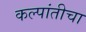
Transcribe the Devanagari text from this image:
कल्पांतीचा